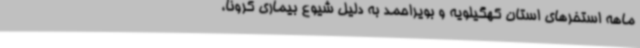
ماهه استخرهای استان کهگیلویه و بویراحمد به دلیل شیوع بیماری کرونا،